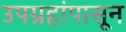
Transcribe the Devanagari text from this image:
उपग्रहांपासून